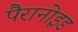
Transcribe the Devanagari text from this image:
पैरानोइड